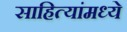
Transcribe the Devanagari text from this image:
साहित्यांमध्ये